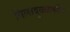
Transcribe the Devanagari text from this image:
पिलावुळ्ळकण्टि